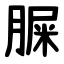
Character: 䐖